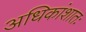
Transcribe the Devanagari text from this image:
अधिकांशातः